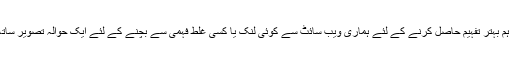
اگر ممکن ہو تو ہم بہتر تفہیم حاصل کرنے کے لئے ہماری ویب سائٹ سے کوئی لنک یا کسی غلط فہمی سے بچنے کے لئے ایک حوالہ تصویر ساتھ منسلک کریں ۔